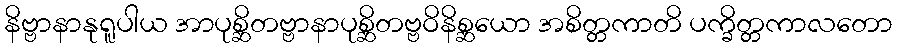
နိဗ္ဗာနာနုရူပါယ အာပုစ္ဆိတဗ္ဗာနာပုစ္ဆိတဗ္ဗဝိနိစ္ဆယော အစိတ္တကာတိ ပက္ခိတ္တကာလတော